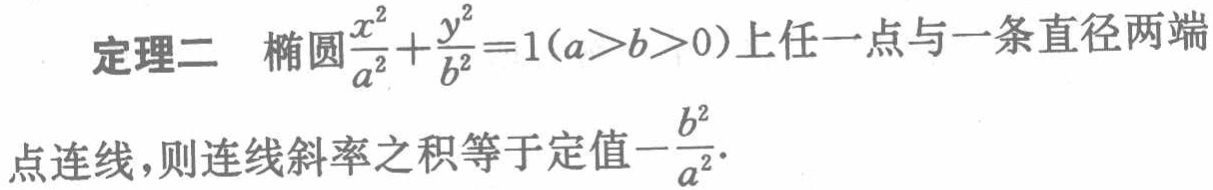
定理二 椭圆$\frac{x^{2}}{a^{2}}+\frac{y^{2}}{b^{2}} = 1(a > b > 0)$上任一点与一条直径两端
点连线，则连线斜率之积等于定值$-\frac{b^{2}}{a^{2}}$.